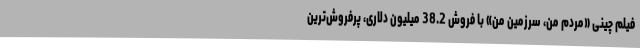
فیلم چینی «مردم من، سرزمین من» با فروش 38.2 میلیون دلاری، پرفروش‌ترین